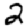
Digit: 2